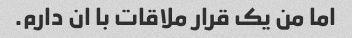
اما من یک قرار ملاقات با ان دارم.